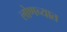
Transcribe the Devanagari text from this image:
लोणच्यात